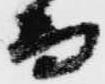
而